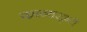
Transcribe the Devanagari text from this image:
काव्यसृष्टी